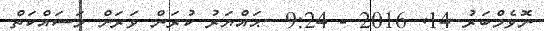
ނޮވެމްބަރު 14